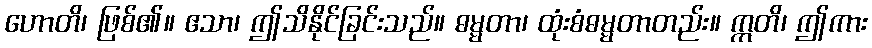
ဟောတိ၊ ဖြစ်၏။ ဧသာ၊ ဤသိနိုင်ခြင်းသည်။ ဓမ္မတာ၊ ထုံးစံဓမ္မတာတည်း။ ဣတိ၊ ဤကား